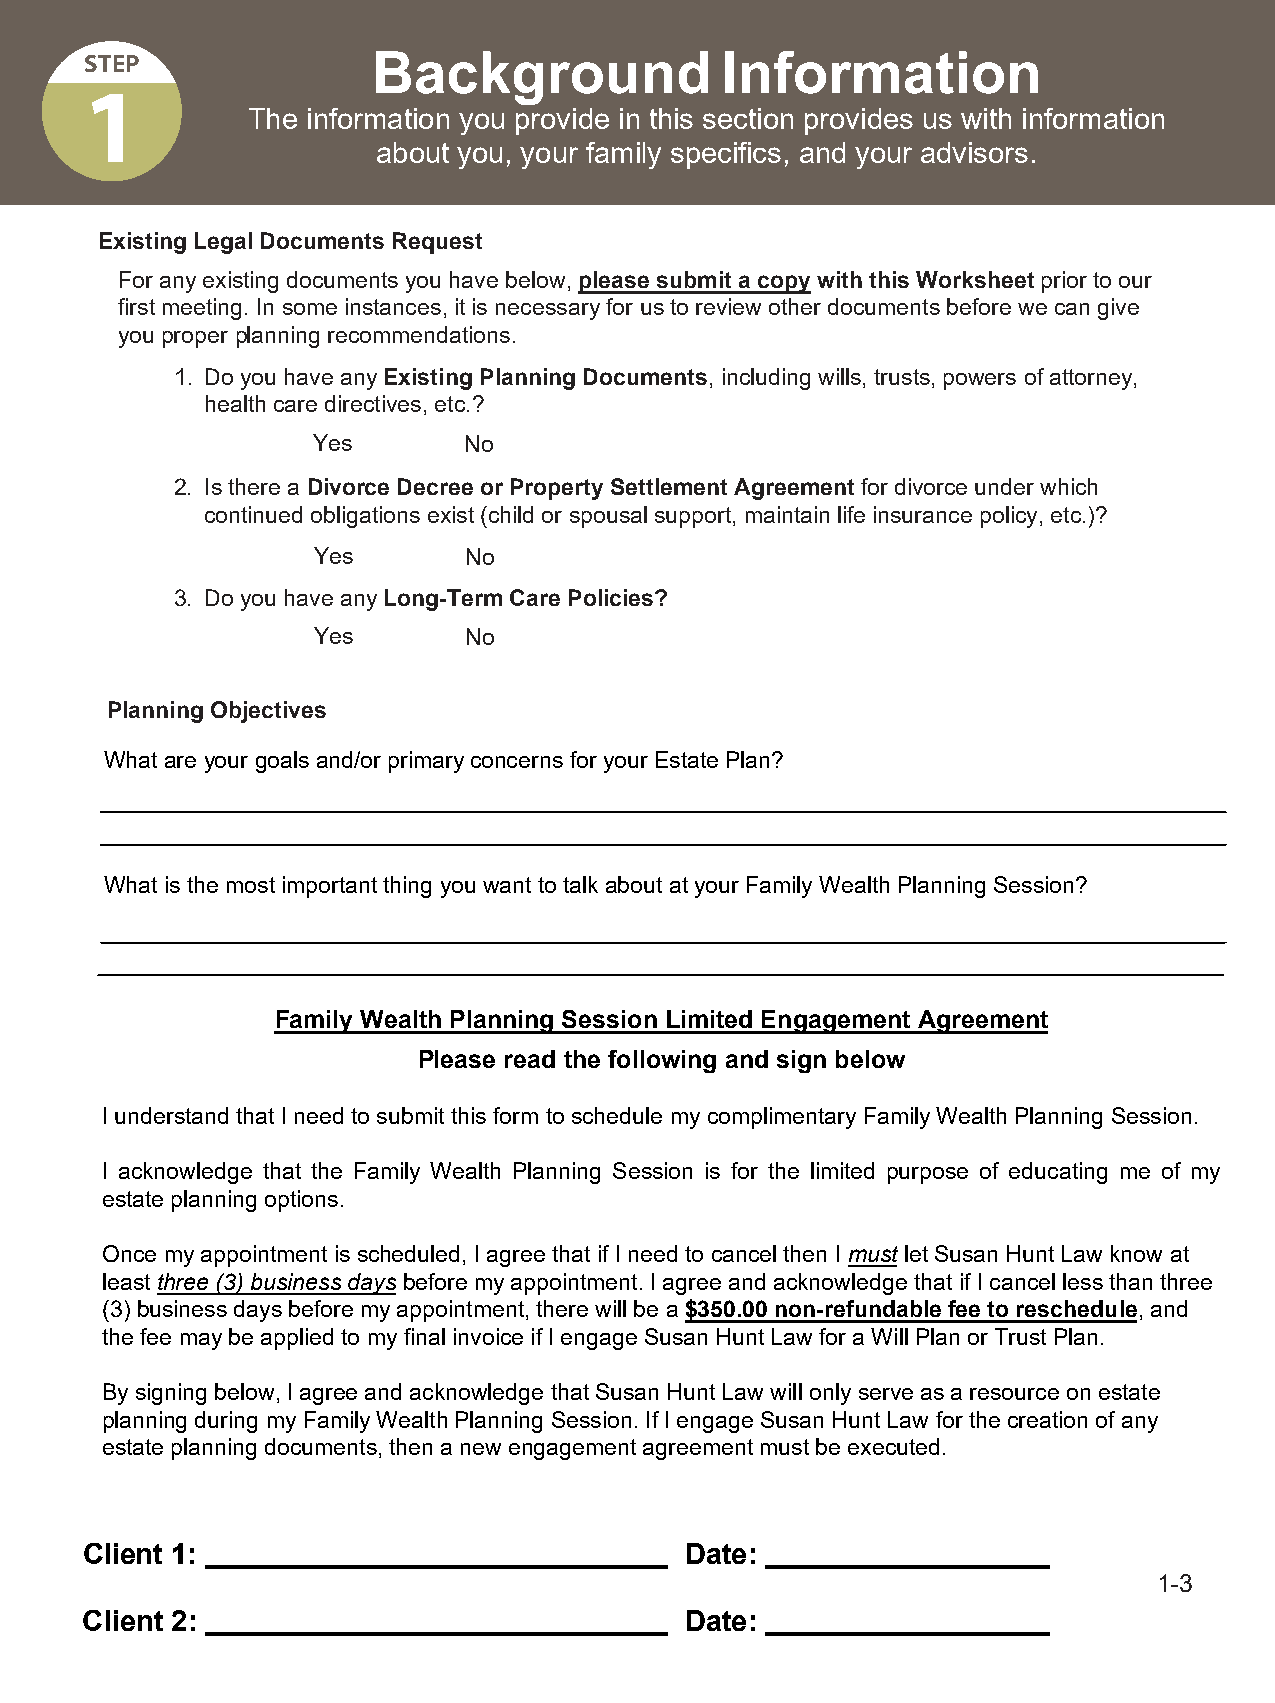
STEP               Background             Information
 1
 1
 The information you provide in this section provides us with information
 about you, your family specifics, and your advisors.
 Existing Legal Documents Request
 For any existing documents you have below, please submit a copy with this Worksheet prior to our
 first meeting. In some instances, it is necessary for us to review other documents before we can give
 you proper planning recommendations.
 1. Do you have any Existing Planning Documents, including wills, trusts, powers of attorney,
 health care directives, etc.?
 Yes       No
 2. Is there a Divorce Decree or Property Settlement Agreement for divorce under which
 continued obligations exist (child or spousal support, maintain life insurance policy, etc.)?
 Yes       No
 3. Do you have any Long-Term Care Policies?
 Yes       No
 Planning Objectives
 What are your goals and/or primary concerns for your Estate Plan?
 What is the most important thing you want to talk about at your Family Wealth Planning Session?
 Family Wealth Planning Session Limited Engagement Agreement
 Please read the following and sign below
 I understand that I need to submit this form to schedule my complimentary Family Wealth Planning Session.
 I acknowledge that the Family Wealth Planning Session is for the limited purpose of educating me of my
 estate planning options.
 Once my appointment is scheduled, I agree that if I need to cancel then I must let Susan Hunt Law know at
 least three (3) business days before my appointment. I agree and acknowledge that if I cancel less than three
 (3) business days before my appointment, there will be a $350.00 non-refundable fee to reschedule, and
 the fee may be applied to my final invoice if I engage Susan Hunt Law for a Will Plan or Trust Plan.
 By signing below, I agree and acknowledge that Susan Hunt Law will only serve as a resource on estate
 planning during my Family Wealth Planning Session. If I engage Susan Hunt Law for the creation of any
 estate planning documents, then a new engagement agreement must be executed.
 Client 1:                               Date:
 1-3
 Client 2:                               Date: